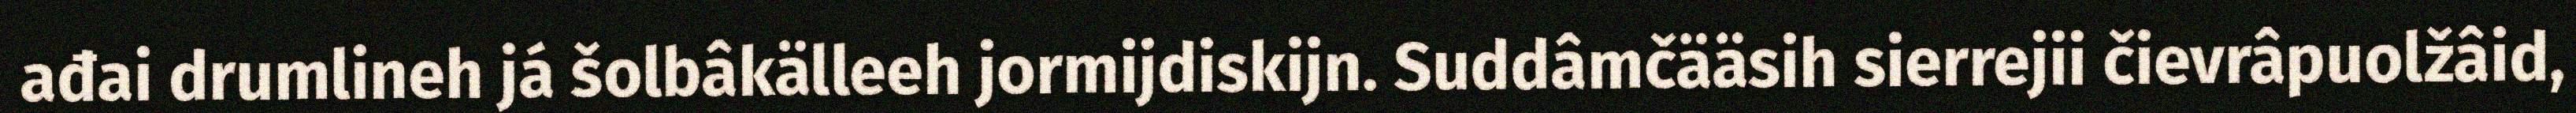
ađai drumlineh já šolbâkälleeh jormijdiskijn. Suddâmčääsih sierrejii čievrâpuolžâid,